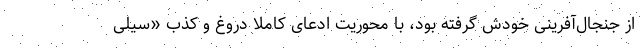
از جنجال‌آفرینی خودش گرفته بود، با محوریت ادعای کاملا دروغ و کذب «سیلی